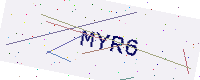
Text: MYR6